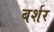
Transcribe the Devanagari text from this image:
बर्शर